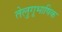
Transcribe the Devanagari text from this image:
तेलुगूभाषिक